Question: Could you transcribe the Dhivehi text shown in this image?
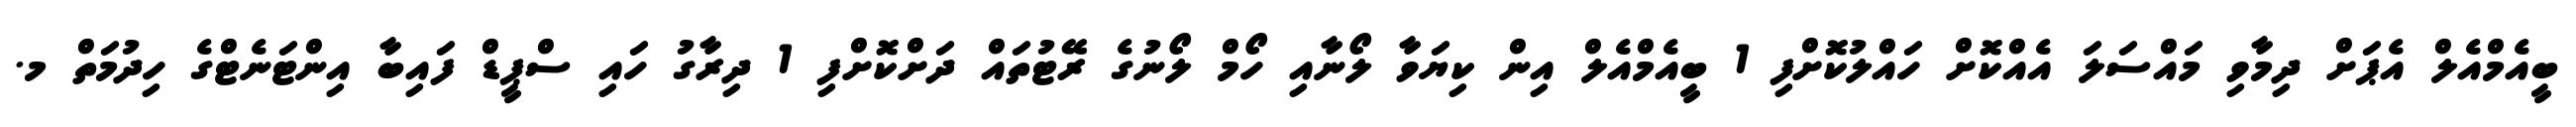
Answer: ބީއެމްއެލް އެޕަށް ދިމާވި މައްސަލަ އެއްކޮށް ހައްލުކޮށްފި 1 ބީއެމްއެލް އިން ކިޔަވާ ލޯނާއި ހޯމް ލޯނުގެ ރޭޓުތައް ދަށްކޮށްފި 1 ދިރާގު ހައި ސްޕީޑް ފައިބާ އިންޓަނެޓްގެ ހިދުމަތް މ.